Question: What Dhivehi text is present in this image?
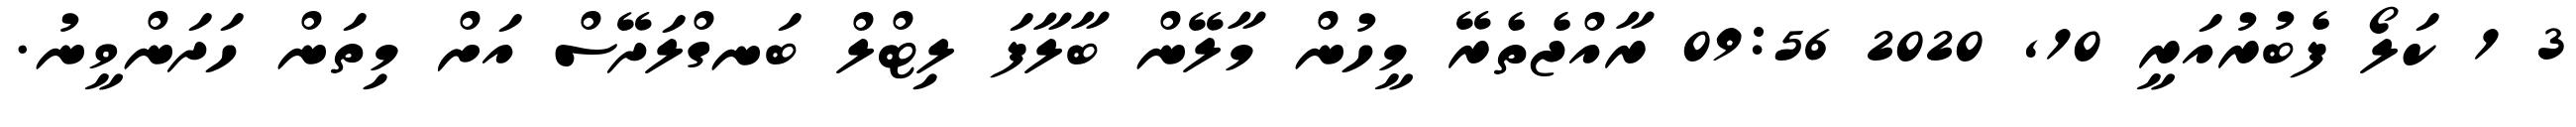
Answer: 3 1 ކަލޯ ފެބުރުއަރީ 10, 2020 09:56 ރާއްޖެތެރޭ މީހުން މާލޭން ބާލާފަ ލިޓްލް ބަނގްލަދޭސް އަށް މިތަން ހަދަންވީނު.